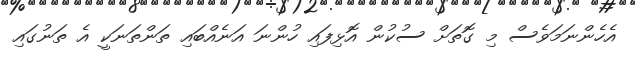
އެހެންނަމަވެސް މި ގޮތަށް ސުކުން އޮޅިފައި ހުންނަ އަނެއްބައި ތަންތަނަކީ އެ ތަނުގައި